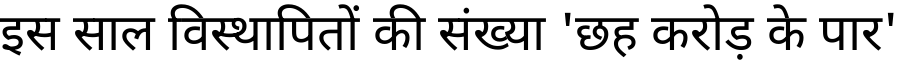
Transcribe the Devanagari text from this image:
इस साल विस्थापितों की संख्या 'छह करोड़ के पार'